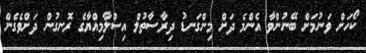
ކޯހަށް ވަނުމަށް ބޭނުންވާ އެންމެ ދަށް މިންގަނޑު ދިރާސާތުލް އިސްލާމިއްޔާގެ ރޮނގުން ދަށްވެގެން